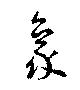
象